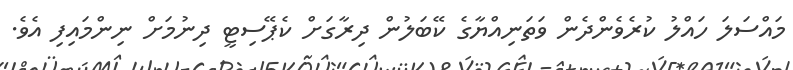
މައްސަލަ ހައްލު ކުރެވެންދެން ވަތަނިއްޔާގެ ކޭބަލުން ދިރާގަށް ކެޕޭސިޓީ ދިނުމަށް ނިންމައިފި އެވެ.